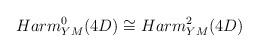
LaTeX: \begin{align*}Harm^0 _{YM} (4D) \cong Harm^2 _{YM} (4D)\end{align*}